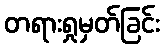
တရားရှုမှတ်ခြင်း